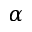
\alpha